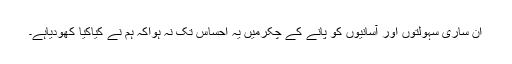
ان ساری سہولتوں اور آسانیوں کو پانے کے چکرمیں یہ احساس تک نہ ہواکہ ہم نے کیاکیا کھودیاہے۔